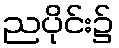
ညပိုင်း၌